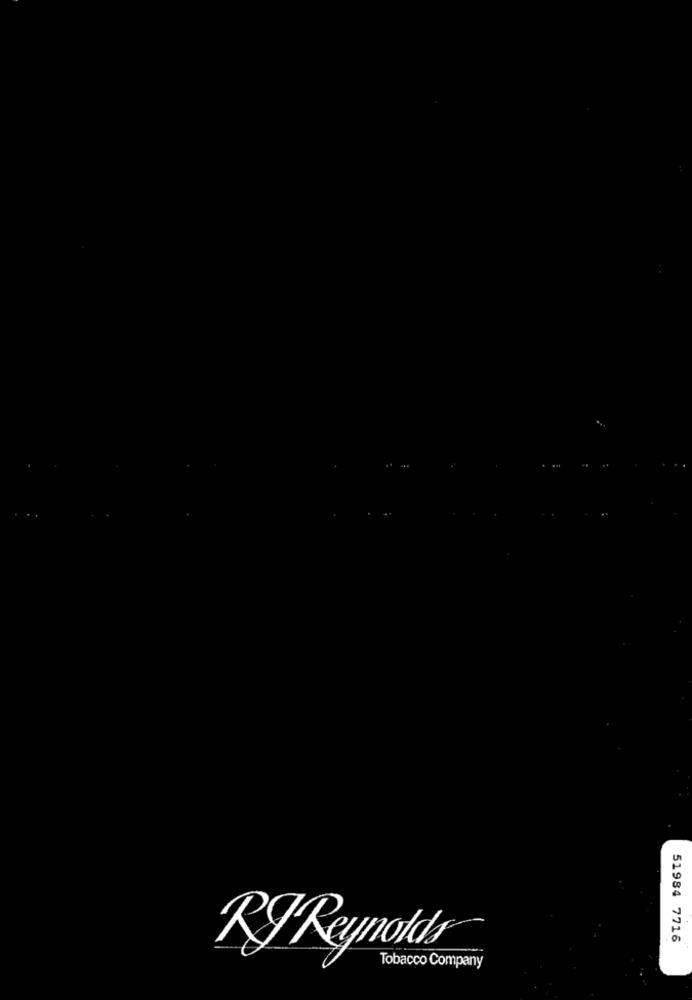
51984 7716
RyReynolds®
Tobacco Company